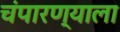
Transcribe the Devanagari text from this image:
चंपारण्याला